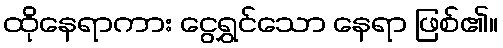
ထိုနေရာကား ငွေရွှင်သော နေရာ ဖြစ်၏။